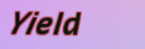
Yield